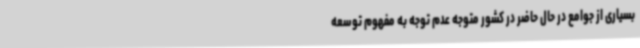
بسیاری از جوامع در حال حاضر در کشور متوجه عدم توجه به مفهوم توسعه